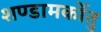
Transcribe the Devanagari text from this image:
शण्डामर्कोतु